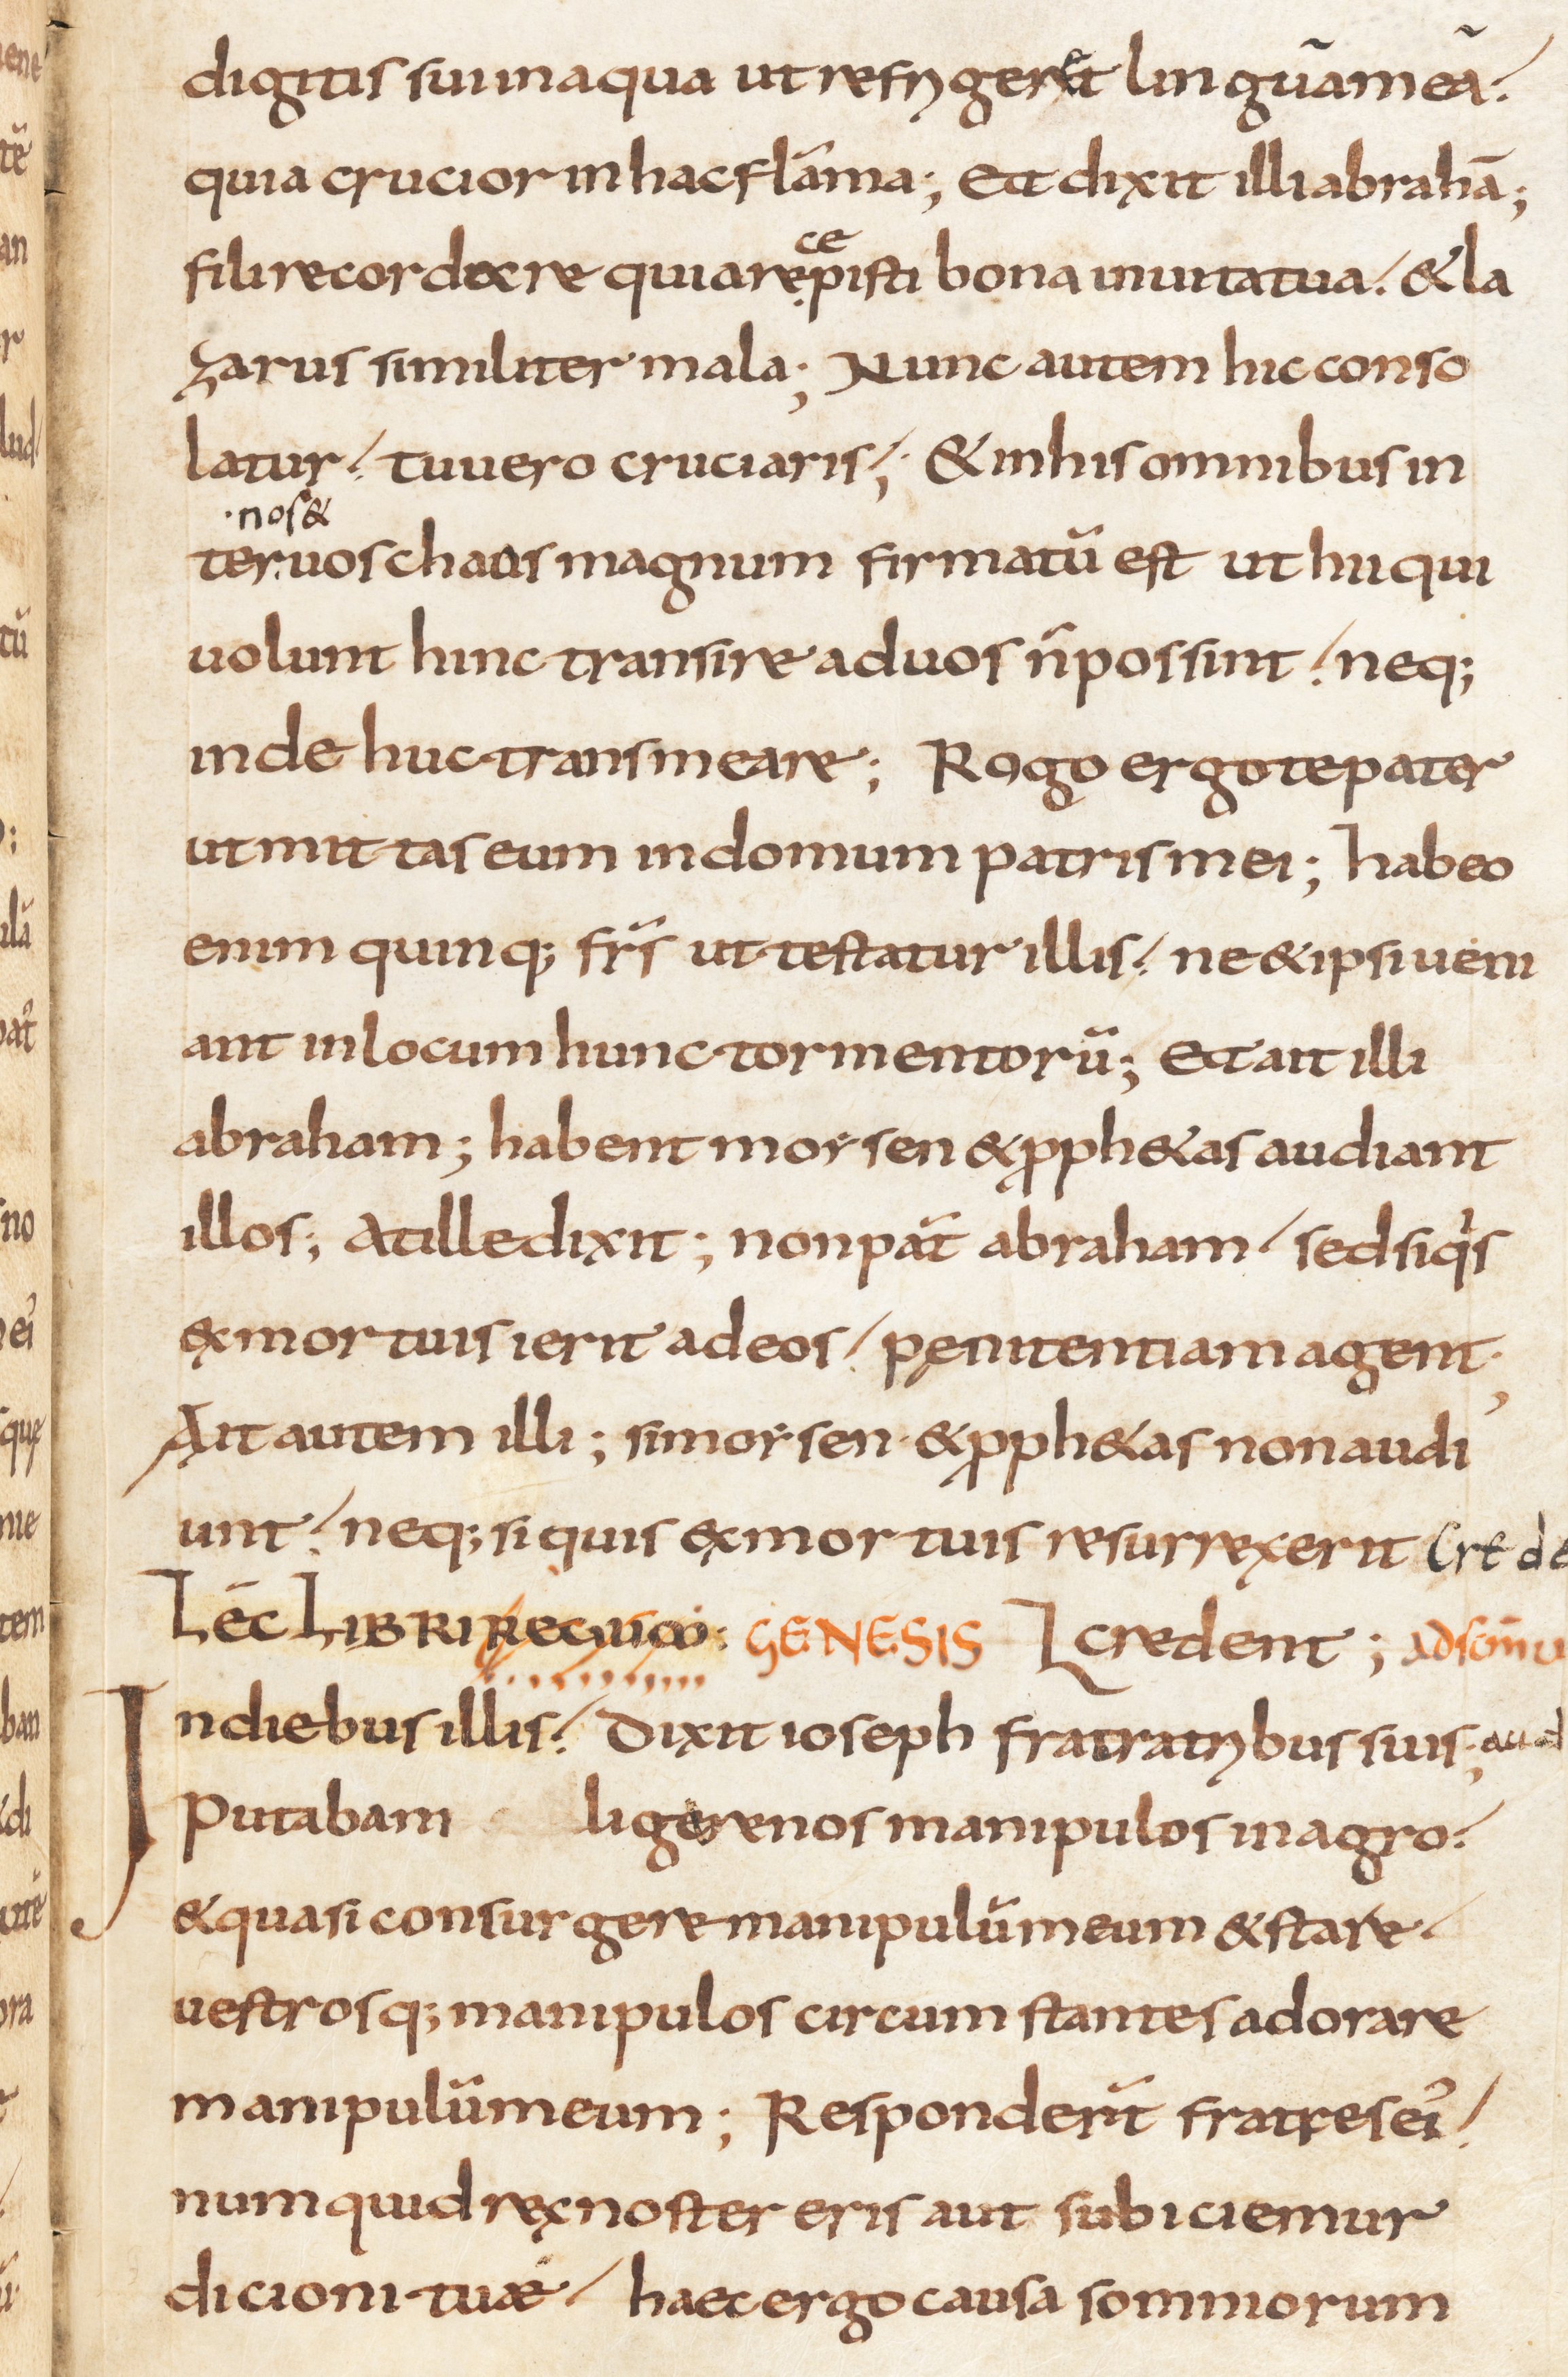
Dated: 800–830